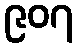
၉၀၇